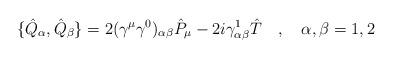
LaTeX: \begin{align*}\{\hat{Q}_\alpha,\hat{Q}_\beta\}=2(\gamma^\mu\gamma^0)_{\alpha\beta}\hat{P}_\mu-2i\gamma^1_{\alpha\beta}\hat{T}\quad , \quad \alpha ,\beta=1,2\end{align*}